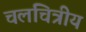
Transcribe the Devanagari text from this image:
चलचित्रीय